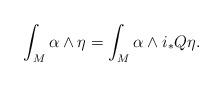
LaTeX: \begin{align*} \int_M \alpha \wedge \eta = \int_M \alpha \wedge i_\ast Q \eta. \end{align*}